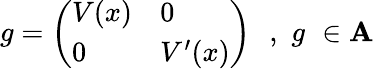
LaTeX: g=\left(\begin{array}{ll}{{V(x)}}&{{0}}\\ {{0}}&{{V^{\prime}(x)}}\end{array}\right)\, \, \, \, ,\, \, g\, \, \in{\cal\mathbf{A}}